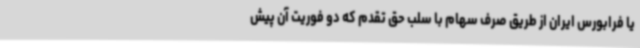
یا فرابورس ایران از طریق صرف سهام با سلب حق تقدم که دو فوریت آن پیش